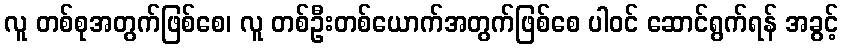
လူ တစ်စုအတွက်ဖြစ်စေ၊ လူ တစ်ဦးတစ်ယောက်အတွက်ဖြစ်စေ ပါဝင် ဆောင်ရွက်ရန် အခွင့်